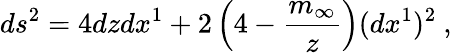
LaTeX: ds^{2}=4dzdx^{1}+2\left(4-\frac{m_{\infty}}{z}\right)(dx^{1})^{2}\ ,